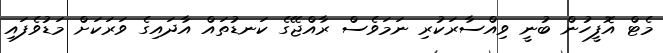
މެޓް އޮފީހުން ބުނީ ވިއްސާރަކުރި ނަމަވެސް ރާއްޖޭގެ ކަނޑުތައް އާދައިގެ ވަރަކަށް މަޑުވެފައި